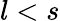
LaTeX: l<s